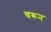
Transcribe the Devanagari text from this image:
चरून